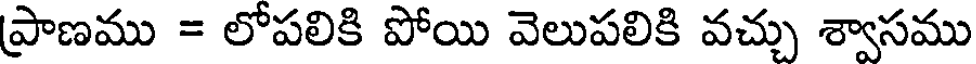
ప్రాణము = లోపలికి పోయి వెలుపలికి వచ్చు శ్వాసము